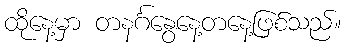
ထိုနေ့မှာ တနင်္ဂနွေနေ့တနေ့ဖြစ်သည်။